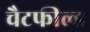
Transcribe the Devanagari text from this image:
चैटफील्ड